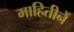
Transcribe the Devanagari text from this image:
माहितीनें